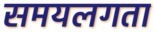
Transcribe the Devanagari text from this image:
समयलगता